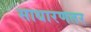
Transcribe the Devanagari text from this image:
साधारणतर